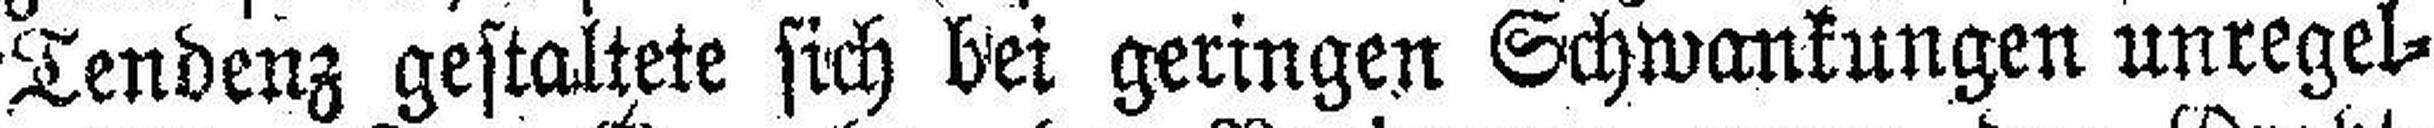
Tendenz gestaltete sich bei geringen Schwankungen unregel¬